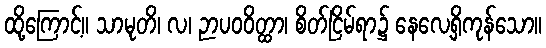
ထို့ကြောင့်။ သာမုတိ၊ လ၊ ဉာပဝဝိတ္ထာ၊ စိတ်ငြိမ်ရာ၌ နေလေ့ရှိကုန်သော။